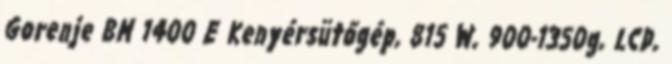
Gorenje BM 1400 E Kenyérsütőgép, 815 W, 900-1350g, LCD,